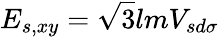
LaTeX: E_{s,xy}={\sqrt{3}}lmV_{sd\sigma}